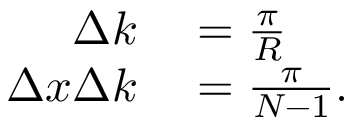
\begin{array} { r l } { \Delta k } & { { } = \frac { \pi } { R } } \\ { \Delta x \Delta k } & { { } = \frac { \pi } { N - 1 } . } \end{array}